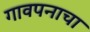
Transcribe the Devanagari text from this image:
गावपनाचा